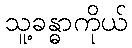
သူ့ခန္ဓာကိုယ်